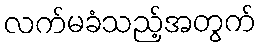
လက်မခံသည့်အတွက်